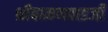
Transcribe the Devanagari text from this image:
श्रीबामणवाडजी